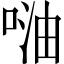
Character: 𠶢